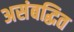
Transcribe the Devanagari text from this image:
असंबद्धित